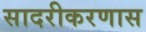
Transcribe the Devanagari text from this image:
सादरीकरणास